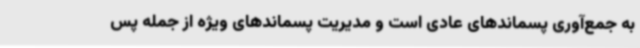
به جمع‌آوری پسماندهای عادی است و مدیریت پسماندهای ویژه از جمله پس